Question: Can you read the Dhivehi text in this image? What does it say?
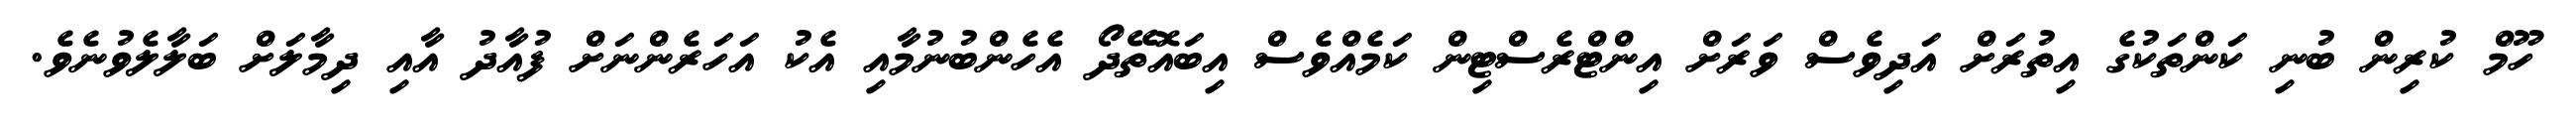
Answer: ހޫމް ކުރިން ބުނި ކަންތަކުގެ އިތުރަށް އަދިވެސް ވަރަށް އިންޓްރެސްޓިން ކަމެއްވެސް އިބައޮތޭދޯ އެހެންބުނުމާއި އެކު އަހަރެންނަށް ފުއާދު އާއި ދިމާލަށް ބަލާލެވުނެވެ.